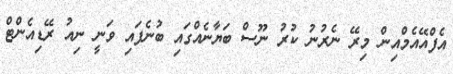
އެފްއޭއެމްއިން މިރޭ ނެރުނު ކުރު ނޫސް ބަޔާނެއްގައި ބުނެފައި ވަނީ ނިއު ރޭޑިއެންޓް